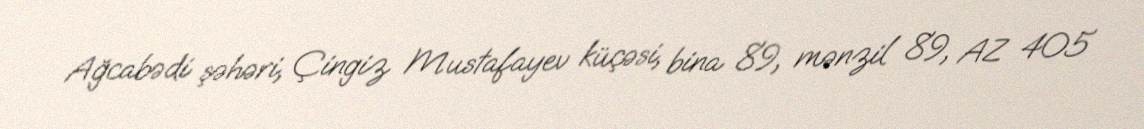
Ağcabədi şəhəri, Çingiz Mustafayev küçəsi, bina 89, mənzil 89, AZ 405